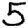
Digit: 5